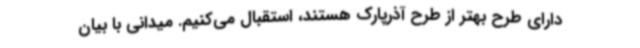
دارای طرح بهتر از طرح آذرپارک هستند، استقبال می‌کنیم. میدانی با بیان